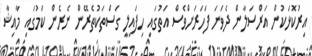
އިރުކޮޅަކުން އަރްސަލާން ދެވަނަ ފަހަރަށްވެސް އަތުގައި ހިފައިލީ ގަސްތަކުތެރޭން ނެރެން ކަމުގައި މާއިޝާ